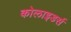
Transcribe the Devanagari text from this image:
कोलाइडर्स